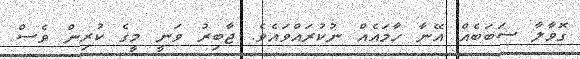
ގޮވާލާ ސަބަބެއް އޭނާ ހާމައެއް ނުކުރައްވައެވެ. ޖާބިރު ވަނީ މީގެ ކުރިން ވެސް